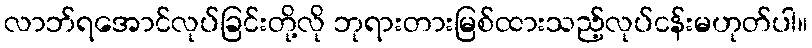
လာဘ်ရအောင်လုပ်ခြင်းတို့လို ဘုရားတားမြစ်ထားသည့်လုပ်ငန်းမဟုတ်ပါ။